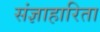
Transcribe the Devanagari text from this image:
संज्ञाहारिता